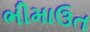
ભીમાઉત